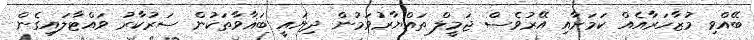
ބޭއްވި މުޒާހަރާއެއް ކަމަށާއި އޭރުވެސް ޖަމީލް ތައްޔާރުވަމުން ދިޔައީ ބަޣާވާތަކުން ސަރުކާރު ވައްޓާލައިގެން